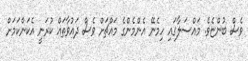
ވެސް ބުންޏެވެ. މައްސަލާގައި ހިމެނޭ އެންމެންގެ މައްޗަށް ވެސް ދައުވާތައް ކުރަނީ އެކަންކަމަށް